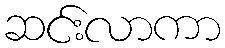
ဆင်းလာကာ